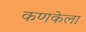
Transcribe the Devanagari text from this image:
कणकेला